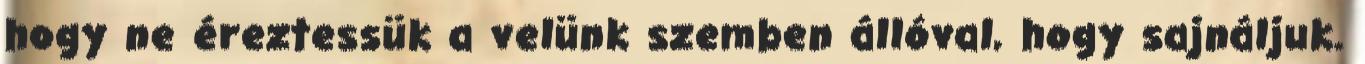
hogy ne éreztessük a velünk szemben állóval, hogy sajnáljuk.